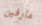
مارفين